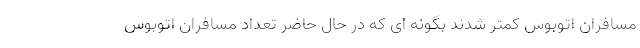
مسافران اتوبوس کمتر شدند بگونه ای که در حال حاضر تعداد مسافران اتوبوس